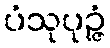
ပံသုပုဉ္ဇံ